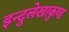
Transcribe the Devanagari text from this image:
इन्दुलेखाकुण्ड